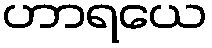
ဟာရယေ